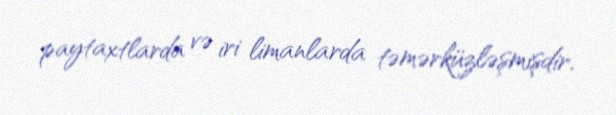
paytaxtlarda və iri limanlarda təmərküzləşmişdir.